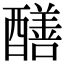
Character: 𨣁